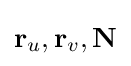
\mathbf {r} _{u},\mathbf {r} _{v},\mathbf {N}